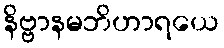
နိဗ္ဗာနမဘိဟာရယေ